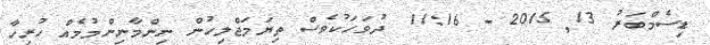
ޑިސެމްބަރު 13